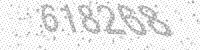
Solution: 618268